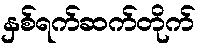
နှစ်ရက်ဆက်တိုက်